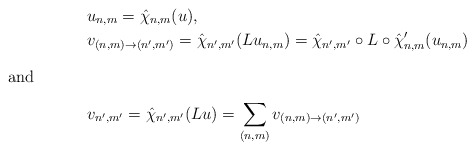
\begin{align*}&u_{n,m} =\hat{\chi}_{n,m}(u),\\&v_{(n,m)\to(n',m')} =\hat{\chi}_{n',m'}(L u_{n,m})=\hat{\chi}_{n',m'}\circ L\circ\hat{\chi}'_{n,m}(u_{n,m})\intertext{and}&v_{n',m'} =\hat{\chi}_{n',m'}(Lu)=\sum_{(n,m)} v_{(n,m)\to(n',m')} \end{align*}